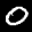
Label: 0